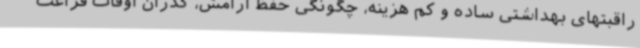
راقبتهای بهداشتی ساده و کم هزینه، چگونگی حفظ آرامش، گذران اوقات فراغت